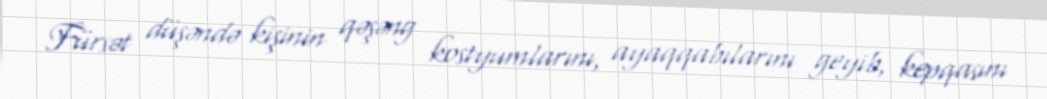
Fürsət düşəndə kişinin qəşəng kostyumlarını, ayaqqabılarını geyib, kepqasını